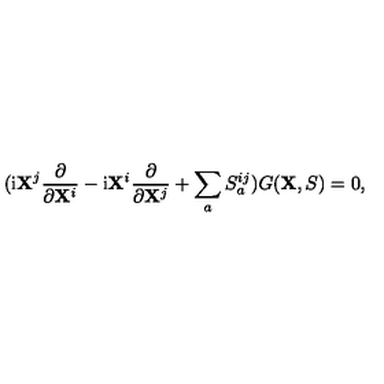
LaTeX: ( \mathrm { i } { \bf X } ^ { j } \frac { \partial } { \partial { \bf X } ^ { i } } - \mathrm { i } { \bf X } ^ { i } \frac { \partial } { \partial { \bf X } ^ { j } } + \sum _ { a } S _ { a } ^ { i j } ) G ( { \bf X } , S ) = 0 ,